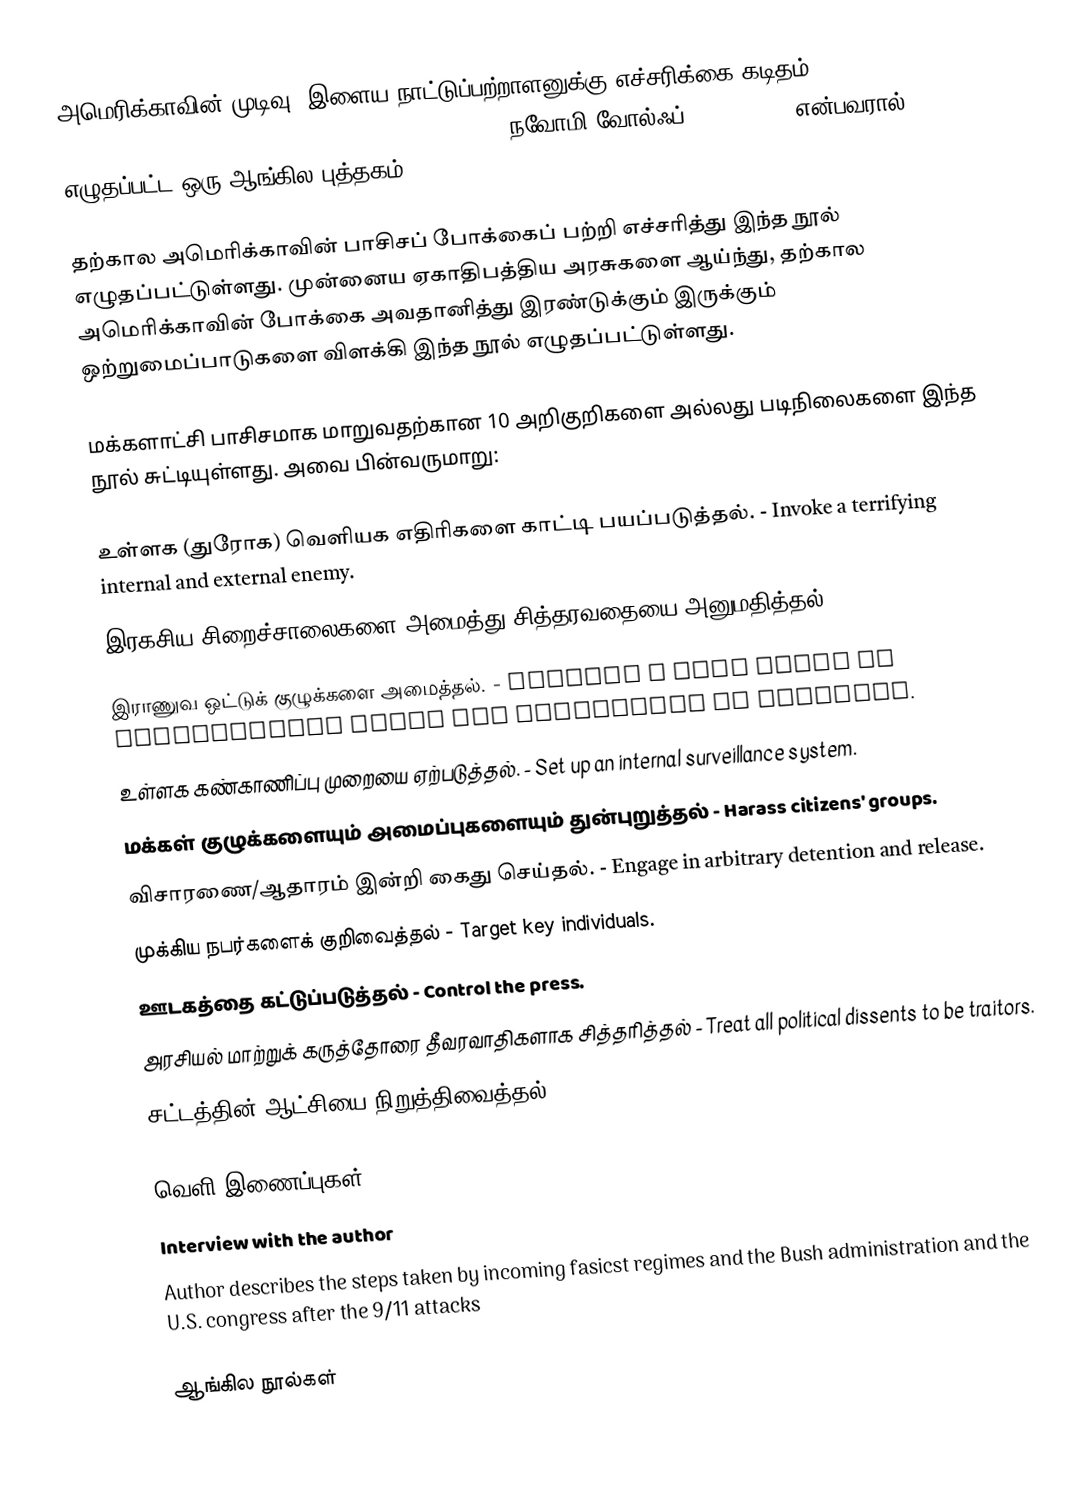
அமெரிக்காவின் முடிவு: இளைய நாட்டுப்பற்றாளனுக்கு எச்சரிக்கை கடிதம் (The End of America: A Letter of Warning to a Young Patriot) () நவோமி வோல்ஃப் (Naomi Wolf)என்பவரால்  எழுதப்பட்ட ஒரு ஆங்கில புத்தகம்.

தற்கால அமெரிக்காவின் பாசிசப் போக்கைப் பற்றி எச்சரித்து இந்த நூல் எழுதப்பட்டுள்ளது.  முன்னைய ஏகாதிபத்திய அரசுகளை ஆய்ந்து, தற்கால அமெரிக்காவின் போக்கை அவதானித்து இரண்டுக்கும் இருக்கும் ஒற்றுமைப்பாடுகளை விளக்கி இந்த நூல் எழுதப்பட்டுள்ளது.

மக்களாட்சி பாசிசமாக மாறுவதற்கான 10 அறிகுறிகளை அல்லது படிநிலைகளை இந்த நூல் சுட்டியுள்ளது.  அவை பின்வருமாறு:

 உள்ளக (துரோக) வெளியக எதிரிகளை காட்டி பயப்படுத்தல். - Invoke a terrifying internal and external enemy.
 இரகசிய சிறைச்சாலைகளை அமைத்து சித்தரவதையை அனுமதித்தல்.  Create secret prisons where torture takes place.
 இராணுவ ஒட்டுக் குழுக்களை அமைத்தல். - Develop a thug caste or paramilitary force not answerable to citizens.
 உள்ளக கண்காணிப்பு முறையை ஏற்படுத்தல். - Set up an internal surveillance system.
 மக்கள் குழுக்களையும் அமைப்புகளையும் துன்புறுத்தல் - Harass citizens' groups.
 விசாரணை/ஆதாரம் இன்றி கைது செய்தல். - Engage in arbitrary detention and release.
 முக்கிய நபர்களைக் குறிவைத்தல் - Target key individuals.
 ஊடகத்தை கட்டுப்படுத்தல் - Control the press.
 அரசியல் மாற்றுக் கருத்தோரை தீவரவாதிகளாக சித்தரித்தல் - Treat all political dissents to be traitors.
 சட்டத்தின் ஆட்சியை நிறுத்திவைத்தல். - Suspend the rule of law.

வெளி இணைப்புகள்
 Interview with the author
 Author describes the steps taken by incoming fasicst regimes and the Bush administration and the U.S. congress after the 9/11 attacks

ஆங்கில நூல்கள்